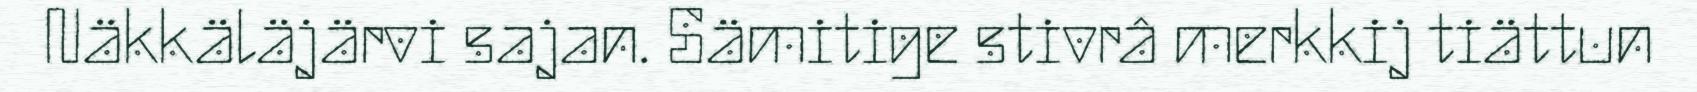
Näkkäläjärvi sajan. Sämitige stivrâ merkkij tiättun